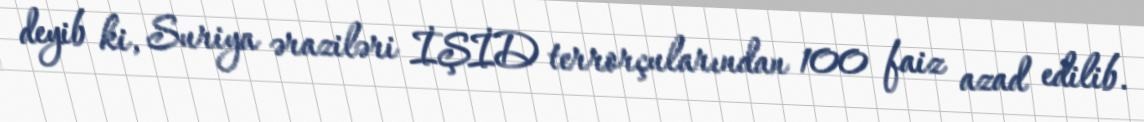
deyib ki, Suriya əraziləri İŞİD terrorçularından 100 faiz azad edilib.